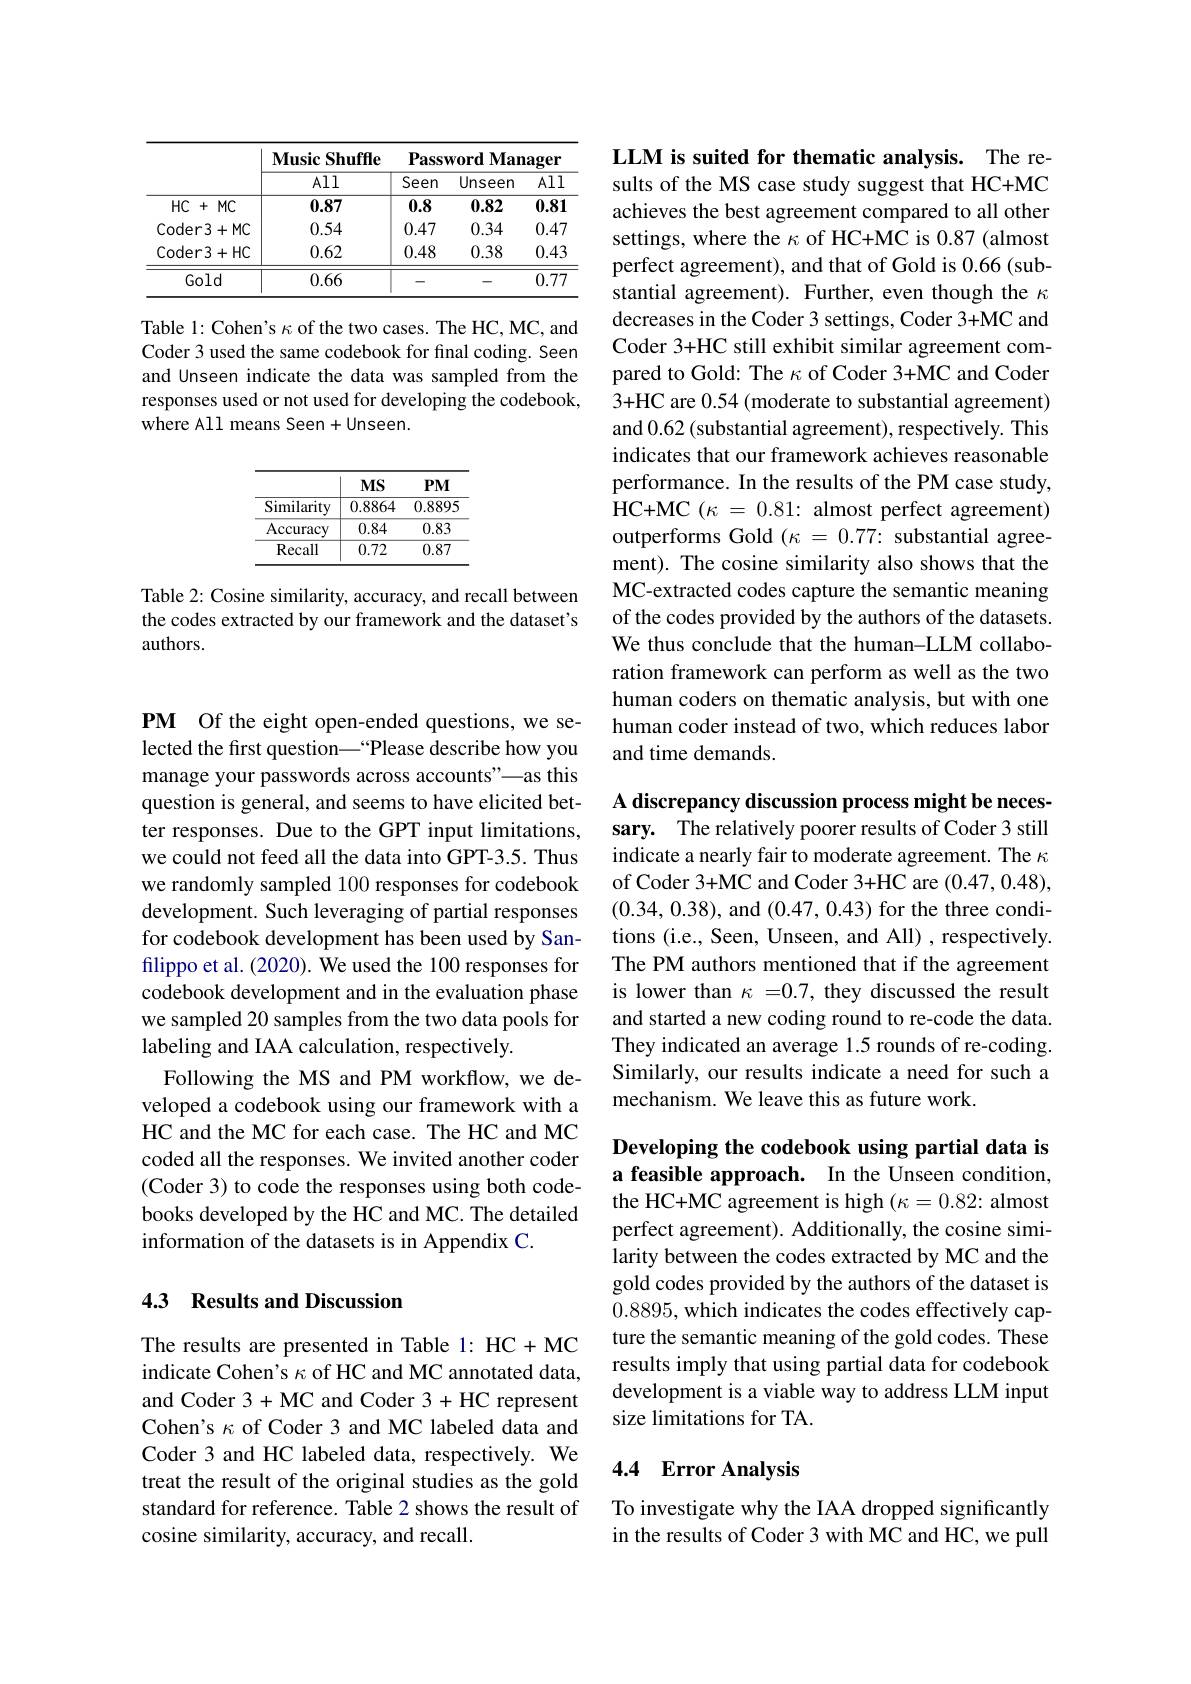
<table>
	<tbody>
		<tr>
			<th> </th>
			<th rowspan="2">$\mathbf{MusicShuffle}$ All</th>
			<th colspan="3">Password Manager</th>
		</tr>
		<tr>
			<th> </th>
			<th>Seen</th>
			<th>Unseen</th>
			<th>All</th>
		</tr>
		<tr>
			<td>$HC$ + $MC$ ·</td>
			<td>0.87</td>
			<td>0.8</td>
			<td>0.82</td>
			<td>0.81</td>
		</tr>
		<tr>
			<td>Coder3+ MC</td>
			<td>0.54</td>
			<td>0.47</td>
			<td>0.34</td>
			<td>0.47</td>
		</tr>
		<tr>
			<td>Coder3+ HC</td>
			<td>0.62</td>
			<td>0.48</td>
			<td>0.38</td>
			<td>0.43</td>
		</tr>
		<tr>
			<td>Gold</td>
			<td>0.66</td>
			<td>-</td>
			<td>-</td>
			<td>0.77</td>
		</tr>
	</tbody>
</table>

Table 1: Cohen's $\kappa$ of the two cases. The HC, MC, and Coder 3 used the same codebook for final coding. Seen and Unseen indicate the data was sampled from the responses used or not used for developing the codebook, where All means Seen+Unseen.

<table>
	<tbody>
		<tr>
			<th> </th>
			<th>$MS$</th>
			<th>$PMI$</th>
		</tr>
		<tr>
			<td>${\overline{{\mathrm{Similarity}}}}$</td>
			<td>0.8864</td>
			<td>0.889.</td>
		</tr>
		<tr>
			<td>Accuracy</td>
			<td>0.84</td>
			<td>0.83</td>
		</tr>
		<tr>
			<td>Recall</td>
			<td>0.72</td>
			<td>0.87</td>
		</tr>
	</tbody>
</table>

Table 2: Cosine similarity, accuracy, and recall between the codes extracted by our framework and the dataset's authors.

PM Of the eight open-ended questions, we selected the first question\_“Please describe how you manage your passwords across accounts"—as this question is general, and seems to have elicited better responses. Due to the GPT input limitations, we could not feed all the data into GPT-3.5. Thus we randomly sampled 100 responses for codebook development. Such leveraging of partial responses for codebook development has been used by Sanfilippo et al. (2020). We used the 100 responses for codebook development and in the evaluation phase we sampled 20 samples from the two data pools for labeling and IAA calculation, respectively.
Following the MS and PM workflow, we developed a codebook using our framework with a HC and the MC for each case. The HC and MC coded all the responses. We invited another coder (Coder 3) to code the responses using both codebooks developed by the HC and MC. The detailed information of the datasets is in Appendix C.

## 4.3 Results and Discussion

The results are presented in Table 1: HC+MC indicate Cohen's $\kappa$ of HC and MC annotated data, and Coder 3 + MC and Coder 3 + HC represent Cohen's $\kappa$ of Coder 3 and MC labeled data and Coder 3 and HC labeled data, respectively. We treat the result of the original studies as the gold standard for reference. Table 2 shows the result of cosine similarity, accuracy, and recall.

LLM is suited for thematic analysis. The results of the MS case study suggest that HC+MC achieves the best agreement compared to all other settings, where the $\kappa$ of HC+MC is 0.87 (almost perfect agreement), and that of Gold is 0.66 (substantial agreement). Further, even though the $\kappa$ decreases in the Coder 3 settings, Coder 3+MC and Coder 3+HC still exhibit similar agreement compared to Gold: The $\kappa$ of Coder 3+MC and Coder 3+HC are 0.54 (moderate to substantial agreement) and 0.62 (substantial agreement), respectively. This indicates that our framework achieves reasonable performance. In the results of the PM case study, HC+MC $( \kappa$ = 0.81: almost perfect agreement) outperforms Gold $(\kappa=0.77{:}$ substantial agreement). The cosine similarity also shows that the MC-extracted codes capture the semantic meaning of the codes provided by the authors of the datasets. We thus conclude that the human-LLM collaboration framework can perform as well as the two human coders on thematic analysis, but with one human coder instead of two, which reduces labor and time demands.

A discrepancy discussion process might be necessary. The relatively poorer results of Coder 3 still indicate a nearly fair to moderate agreement. The $\kappa$ of Coder 3+MC and Coder 3+HC are (0.47,0.48), (0.34,0.38), and (0.47,0.43) for the three conditions (i.e., Seen, Unseen, and All) , respectively. The PM authors mentioned that if the agreement is lower than $\kappa=0.7$, they discussed the result and started a new coding round to re-code the data. They indicated an average 1.5 rounds of re-coding. Similarly, our results indicate a need for such a mechanism. We leave this as future work.

Developing the codebook using partial data is a feasible approach. In the Unseen condition,

the HC+MC agreement is high $(\kappa=0.82:$ almost perfect agreement). Additionally, the cosine similarity between the codes extracted by MC and the gold codes provided by the authors of the dataset is 0.8895,which indicates the codes effectively capture the semantic meaning of the gold codes. These results imply that using partial data for codebook development is a viable way to address LLM input size limitations for TA.

## 4.4 Error Analysis

To investigate why the IAA dropped significantly in the results of Coder 3 with MC and HC, we pull